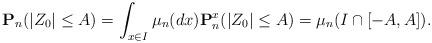
LaTeX: \begin{align*}\mathbf{P}_n(|Z_0|\leq A)= \int_{x\in I}\mu_n(dx)\mathbf{P}_n^x(|Z_0|\leq A) =\mu_n( I\cap [-A,A]). \end{align*}